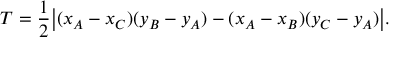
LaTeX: T = { \frac { 1 } { 2 } } { \big | } ( x _ { A } - x _ { C } ) ( y _ { B } - y _ { A } ) - ( x _ { A } - x _ { B } ) ( y _ { C } - y _ { A } ) { \big | } .